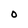
Character: O